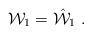
LaTeX: \begin{align*} {\cal W}_1= \hat{{\cal W}}_1 \ .\end{align*}